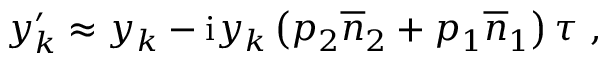
y _ { k } ^ { \prime } \approx y _ { k } - \mathrm { i } y _ { k } \left( p _ { 2 } \overline { { n } } _ { 2 } + p _ { 1 } \overline { { n } } _ { 1 } \right) \tau \ ,